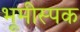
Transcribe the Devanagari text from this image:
भूमीस्पक